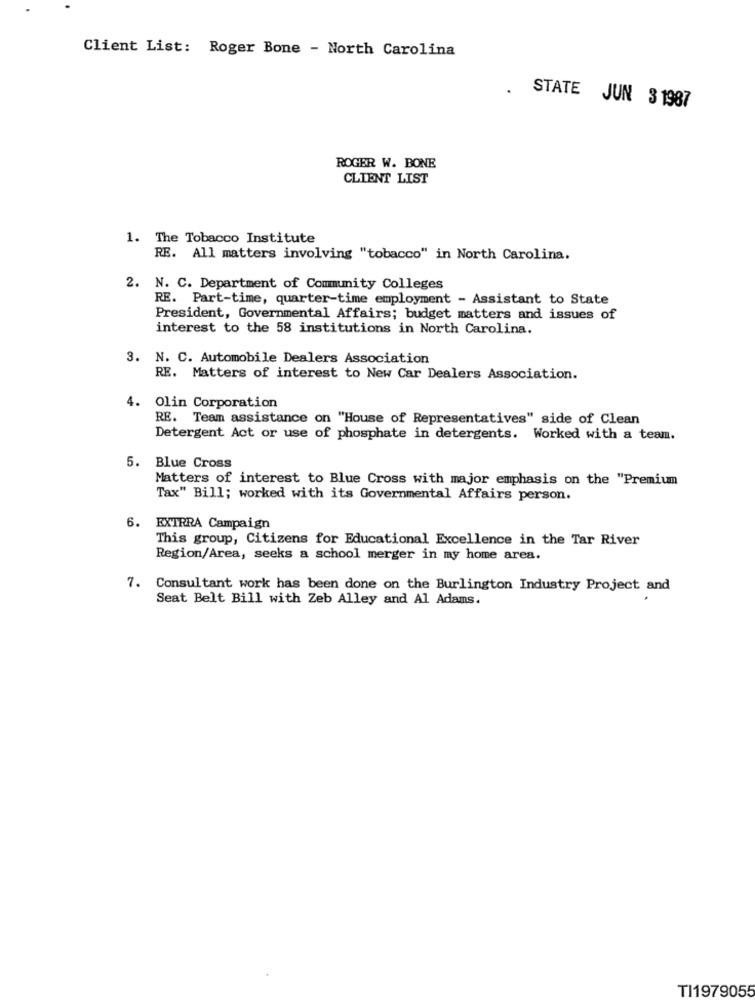
Client List: Roger Bone - North Carolina
STATE JUN 3 1987
ROGER W. BONE
CLIENT LIST
1. The Tobacco Institute
RE. All matters involving "tobacco" in North Carolina.
2. N. C. Department of Community Colleges
RE. Part-time, quarter-time employment - Assistant to State
President, Governmental Affairs; budget matters and issues of
interest to the 58 institutions in North Carolina.
3. N. C. Automobile Dealers Association
RE. Matters of interest to New Car Dealers Association.
4. Olin Corporation
RE. Team assistance on "House of Representatives" side of Clean
Detergent Act or use of phosphate in detergents. Worked with a team.
5. Blue Cross
Matters of interest to Blue Cross with major emphasis on the "Premium
Tax" Bill; worked with its Governmental Affairs person.
6. EXTRRA Campaign
This group, Citizens for Educational Excellence in the Tar River
Region/Area, seeks a school merger in my home area.
7. Consultant work has been done on the Burlington Industry Project and
Seat Belt Bill with Zeb Alley and Al Adams.
TI1979055